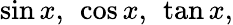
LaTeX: \sin x,\ \cos x,\ \tan x,